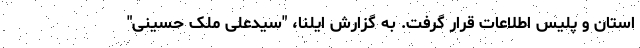
استان و پلیس اطلاعات قرار گرفت. به گزارش ایلنا، "سیدعلی ملک حسینی"